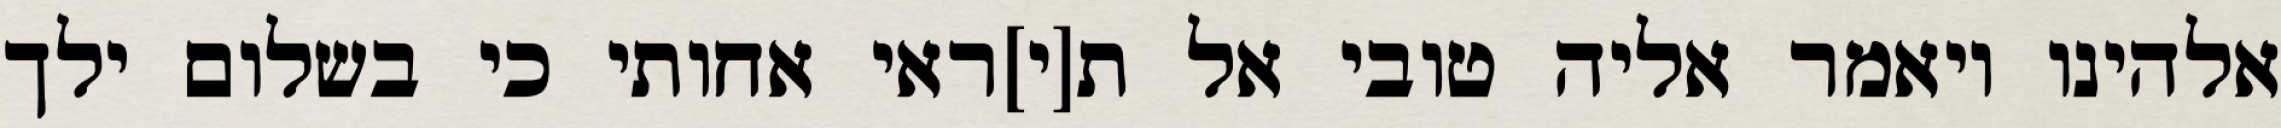
אלהינו ויאמר אליה טובי אל ת[י]ראי אחותי כי בשלום ילך